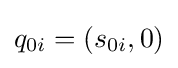
q_{0i}=(s_{0i},0)